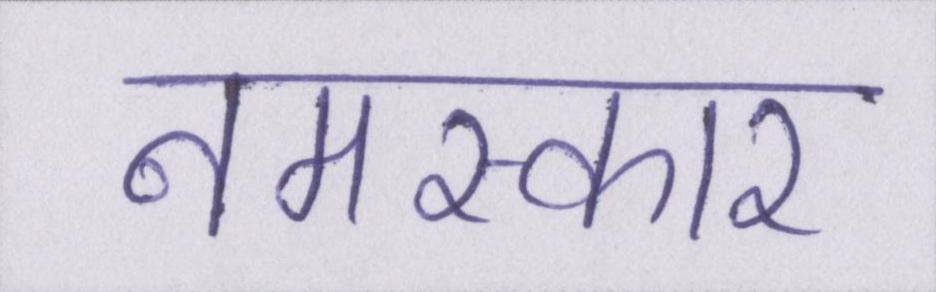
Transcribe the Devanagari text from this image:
नमस्कार